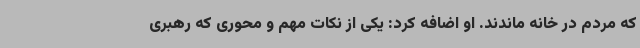
که مردم در خانه ماندند. او اضافه کرد: یکی از نکات مهم و محوری که رهبری